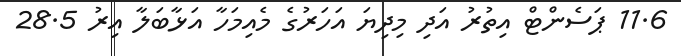
11.6 ޕަސެންޓް އިތުރު އަދި މިދިޔަ އަހަރުގެ މެއިމަހާ އަޅާބަލާ އިރު 28.5